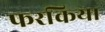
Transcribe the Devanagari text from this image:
फरकिया